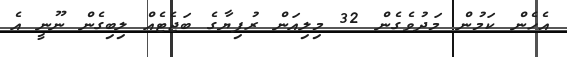
އެހެން ކަމުން މަދުވެގެން 32 މިލިއަން ރުފިޔާގެ ބަޖެޓެއް ލިބިގެން ނޫނީ އެ